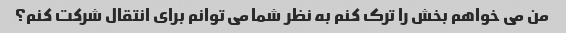
من می خواهم بخش را ترک کنم به نظر شما می توانم برای انتقال شرکت کنم؟